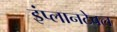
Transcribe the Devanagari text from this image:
इंप्लानटेबल